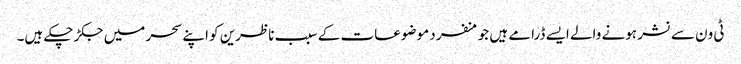
ٹی ون سے نشر ہونے والے ایسے ڈرامے ہیں جو منفرد موضوعات کے سبب ناظرین کو اپنے سحر میں جکڑ چکے ہیں۔